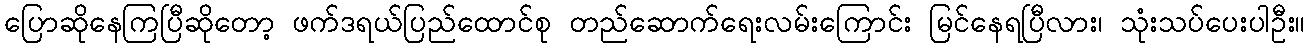
ပြောဆိုနေကြပြီဆိုတော့ ဖက်ဒရယ်ပြည်ထောင်စု တည်ဆောက်ရေးလမ်းကြောင်း မြင်နေရပြီလား၊ သုံးသပ်ပေးပါဦး။